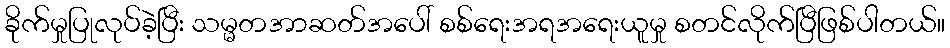
ခိုက်မှုပြုလုပ်ခဲ့ပြီး သမ္မတအာဆတ်အပေါ် စစ်ရေးအရအရေးယူမှု စတင်လိုက်ပြီဖြစ်ပါတယ်။